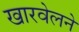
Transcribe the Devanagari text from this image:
खारवेलने